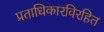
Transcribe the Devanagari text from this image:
प्रताधिकारविरहित